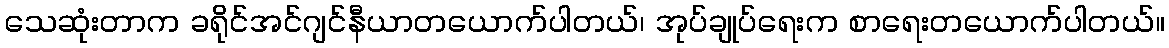
သေဆုံးတာက ခရိုင်အင်ဂျင်နီယာတယောက်ပါတယ်၊ အုပ်ချုပ်ရေးက စာရေးတယောက်ပါတယ်။